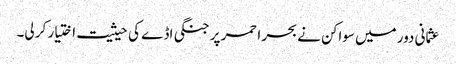
عثمانی دور میں سواکن نے بحر احمر پر جنگی اڈے کی حیثیت اختیار کر لی۔